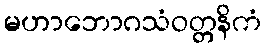
မဟာဘောဂသံဝတ္တနိကံ